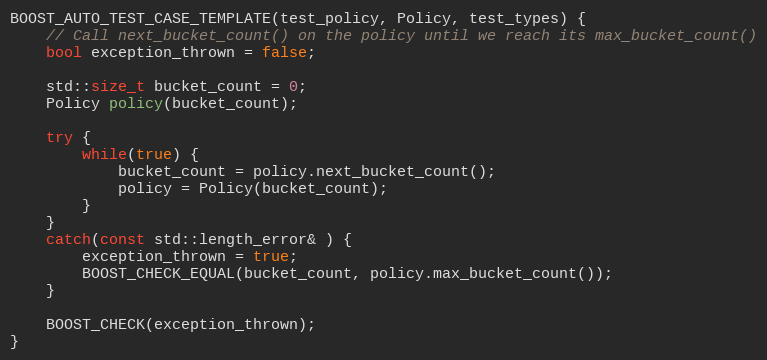
Language: C++
BOOST_AUTO_TEST_CASE_TEMPLATE(test_policy, Policy, test_types) {
    // Call next_bucket_count() on the policy until we reach its max_bucket_count()
    bool exception_thrown = false;

    std::size_t bucket_count = 0;
    Policy policy(bucket_count);

    try {
        while(true) {
            bucket_count = policy.next_bucket_count();
            policy = Policy(bucket_count);
        }
    }
    catch(const std::length_error& ) {
        exception_thrown = true;
        BOOST_CHECK_EQUAL(bucket_count, policy.max_bucket_count());
    }

    BOOST_CHECK(exception_thrown);
}